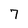
Character: 7